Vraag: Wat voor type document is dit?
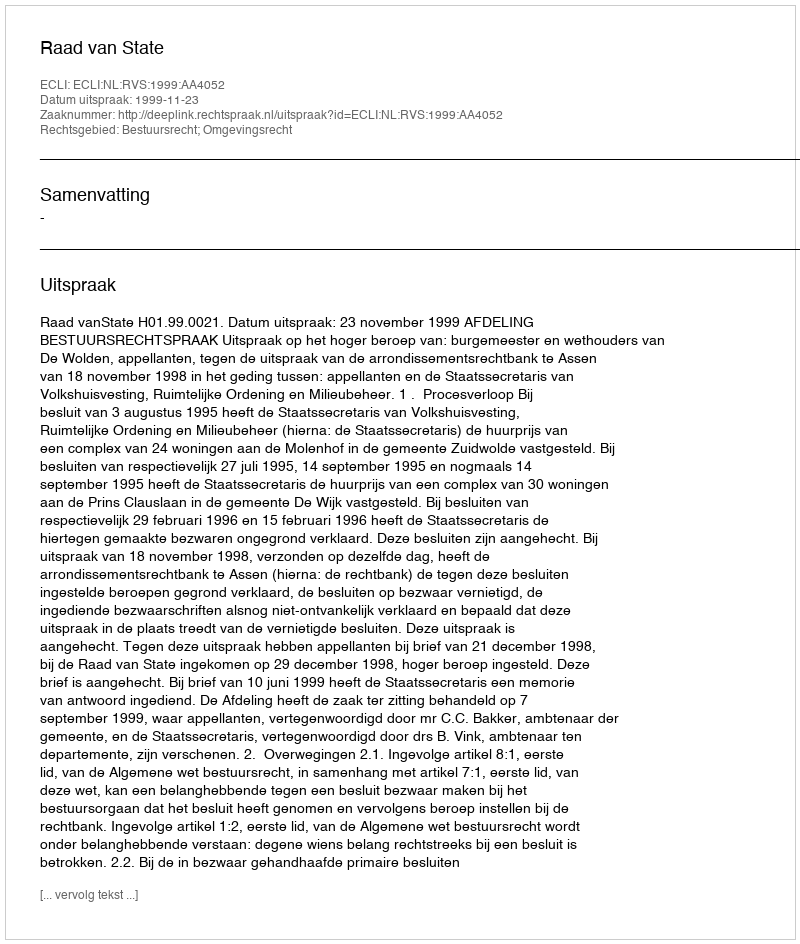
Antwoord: Uitspraak